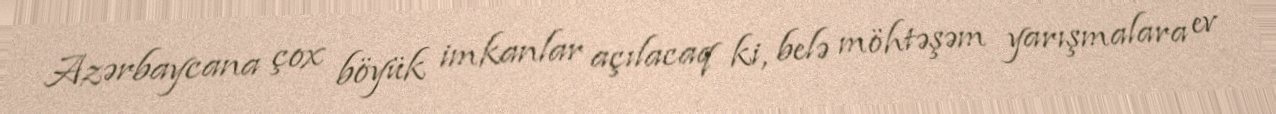
Azərbaycana çox böyük imkanlar açılacaq ki, belə möhtəşəm yarışmalara ev